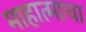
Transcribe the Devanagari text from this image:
माहात्माचा